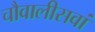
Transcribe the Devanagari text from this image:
चौवालीसवां